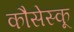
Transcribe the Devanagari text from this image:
कौसेस्कू